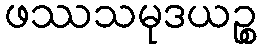
ဖဿသမုဒယဉ္စ